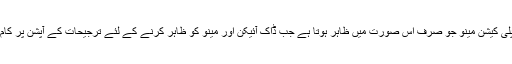
[فکس] ایپلی کیشن مینو جو صرف اس صورت میں ظاہر ہوتا ہے جب ڈاک آئیکن اور مینو کو ظاہر کرنے کے لئے ترجیحات کے آپشن پر کام ہوتا ہے۔